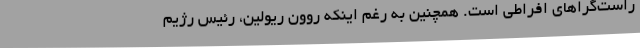
راست‌گراهای افراطی است. همچنین به رغم اینکه روون ریولین، رئیس رژیم